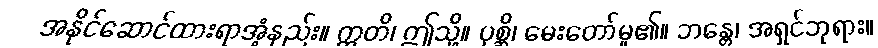
အနိုင်ဆောင်ထားရာအံ့နည်း။ ဣတိ၊ ဤသို့။ ပုစ္ဆိ၊ မေးတော်မူ၏။ ဘန္တေ၊ အရှင်ဘုရား။